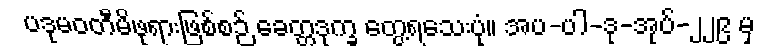
ပဒုမဝတီမိဖုရားဖြစ်စဉ် ခေတ္တဒုက္ခ တွေ့ရသေးပုံ။ အပ-ပါ-ဒု-အုပ်-၂၂၉ မှ